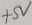
Text: +5V